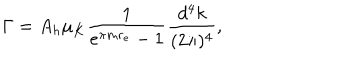
\Gamma = A _ { h } \mu _ { K } \frac { 1 } { e ^ { \pi m r _ { e } } - 1 } \frac { d ^ { 4 } k } { ( 2 \pi ) ^ { 4 } } ,